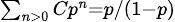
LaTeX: \scriptstyle\sum_{n>0}Cp^{n}=p/(1-p)